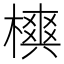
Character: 𣜪